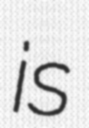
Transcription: is